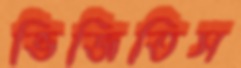
ভিজিতিস